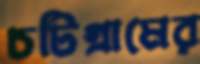
চটিগ্রামের